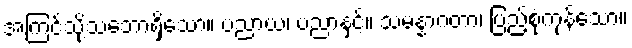
အကြင်သို့သဘောရှိသော။ ပညာယ၊ ပညာနှင့်။ သမန္နာဂတာ၊ ပြည့်စုံကုန်သော။